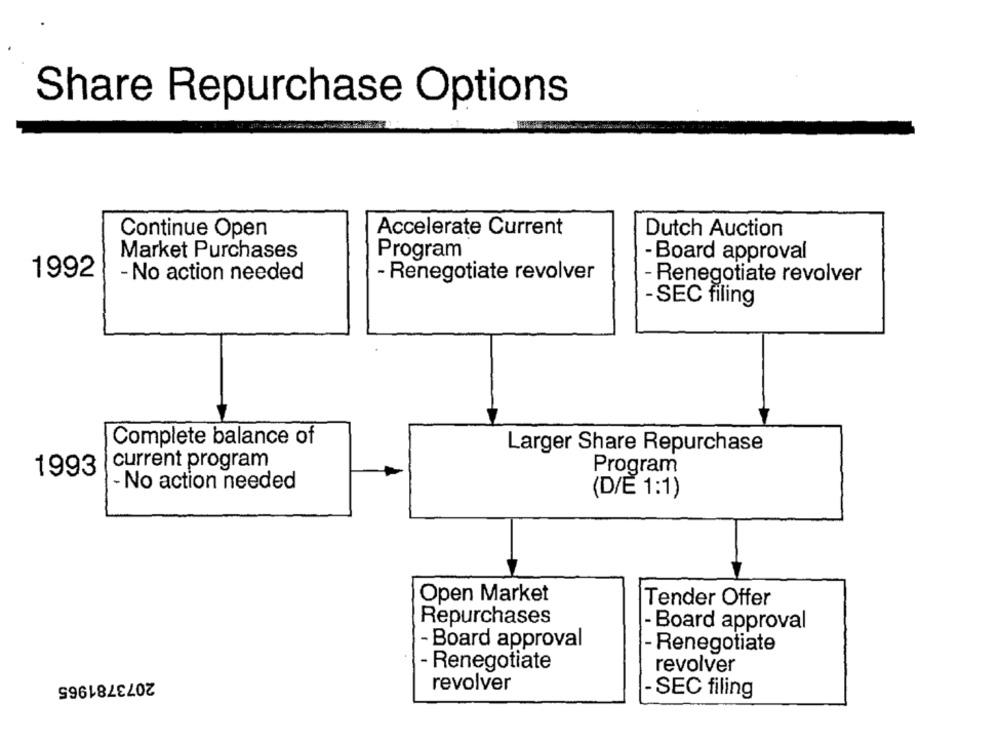
Share Repurchase Options
Continue Open
Accelerate Current
Dutch Auction
Market Purchases
Program
- Board approval
1992
- No action needed
- Renegotiate revolver
- Renegotiate revolver
-SEC filing
Complete balance of
Larger Share Repurchase
current program
1993
Program
- No action needed
(D/E 1:1)
Open Market
Tender Offer
Repurchases
- Board approval
- Board approval
- Renegotiate
- Renegotiate
revolver
2073781965
revolver
- SEC filing